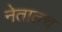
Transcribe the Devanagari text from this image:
नेतातच